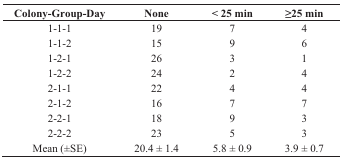
| Colony-Group-Day | None | < 25 min | ≥25 min |
 | --- | --- | --- | --- |
 | 1-1-1 | 19 | 7 | 4 |
 | 1-1-2 | 15 | 9 | 6 |
 | 1-2-1 | 26 | 3 | 1 |
 | 1-2-2 | 24 | 2 | 4 |
 | 2-1-1 | 22 | 4 | 4 |
 | 2-1-2 | 16 | 7 | 7 |
 | 2-2-1 | 18 | 9 | 3 |
 | 2-2-2 | 23 | 5 | 3 |
 | Mean (±SE) | 20.4 ± 1.4 | 5.8 ± 0.9 | 3.9 ± 0.7 |